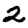
Digit: 2